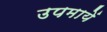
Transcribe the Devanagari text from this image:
उपमायें